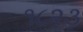
૧૮૨૩